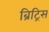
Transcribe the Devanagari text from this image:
ब्रिट्रिस